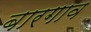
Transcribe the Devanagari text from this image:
बारगाव